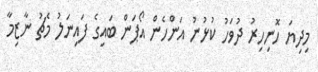
މިދިޔަ ހޮނިހިރު ދުވަހު ކުޅުނު އަންހެން އޯޕަން ބައިގެ ފައިނަލު މެޗު ނާޒިމާ